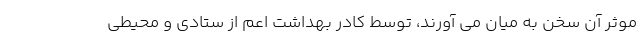
موثر آن سخن به میان می آورند، توسط کادر بهداشت اعم از ستادی و محیطی